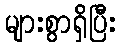
များစွာရှိပြီး